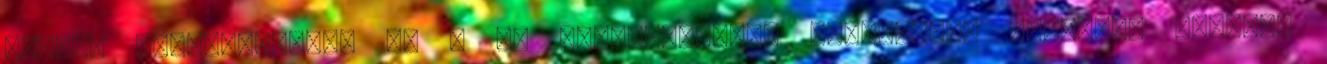
szülői viselkedésben is . Az élettörténeti stratégiák elmélete szerint